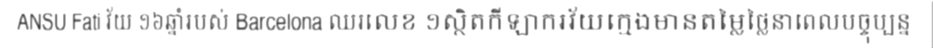
ANSU Fati វ័យ ១៦ឆ្នាំរបស់ Barcelona ឈរលេខ ១ស្ថិតកីឡាករវ័យក្មេងមានតម្លៃថ្លៃនាពេលបច្ចុប្បន្ន